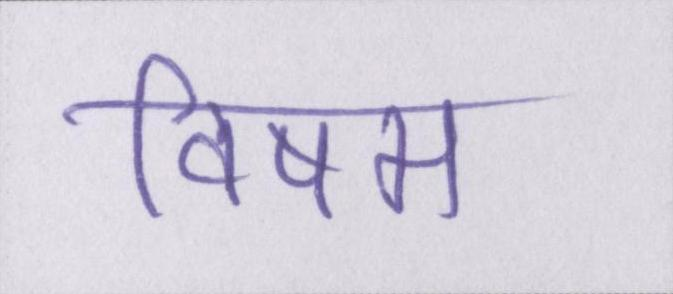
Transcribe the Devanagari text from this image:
विषम